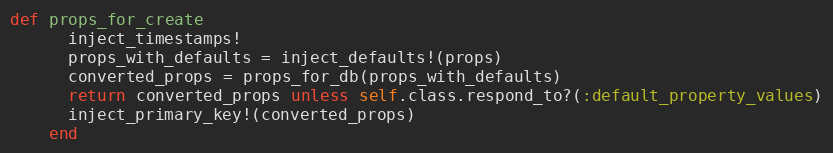
Language: Ruby
def props_for_create
      inject_timestamps!
      props_with_defaults = inject_defaults!(props)
      converted_props = props_for_db(props_with_defaults)
      return converted_props unless self.class.respond_to?(:default_property_values)
      inject_primary_key!(converted_props)
    end